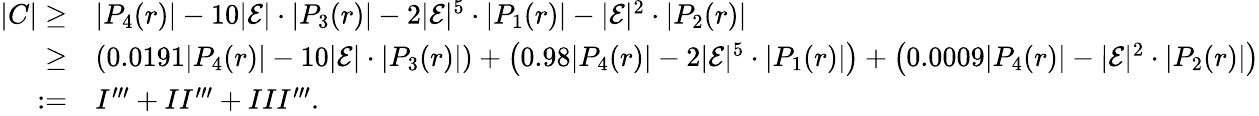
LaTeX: \begin{array}{rl}{|C|\geq}&{|P_{4}(r)|-10|\mathcal{E}|\cdot|P_{3}(r)|-2|\mathcal{E}|^{5}\cdot|P_{1}(r)|-|\mathcal{E}|^{2}\cdot|P_{2}(r)|}\\ {\geq}&{\left(0.0191|P_{4}(r)|-10|\mathcal{E}|\cdot|P_{3}(r)|\right)+\left(0.98|P_{4}(r)|-2|\mathcal{E}|^{5}\cdot|P_{1}(r)|\right)+\left(0.0009|P_{4}(r)|-|\mathcal{E}|^{2}\cdot|P_{2}(r)|\right)}\\ {:=}&{I^{\prime\prime\prime}+II^{\prime\prime\prime}+III^{\prime\prime\prime}.}\end{array}